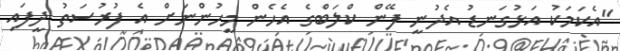
"އެކަމަކު އަޅުގަނޑު އެދުނީ ފޭން ކްލަބްގެ އެހެން މީހުންނަށް އެ ފުރުސަތު ދީފައި